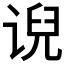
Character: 𰵵